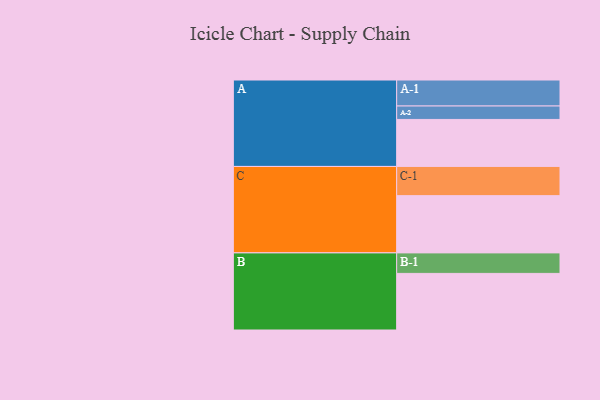
{"axis": {"x": "Segment", "y": "Value"}, "legend": ["", "A", "B", "C"], "data": [{"x": "A", "y": 367, "type": ""}, {"x": "B", "y": 442, "type": ""}, {"x": "C", "y": 447, "type": ""}, {"x": "A-1", "y": 203, "type": "A"}, {"x": "A-2", "y": 105, "type": "A"}, {"x": "B-1", "y": 160, "type": "B"}, {"x": "C-1", "y": 228, "type": "C"}]}